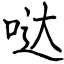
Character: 哒